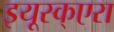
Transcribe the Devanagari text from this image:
इयूस्क्एरा